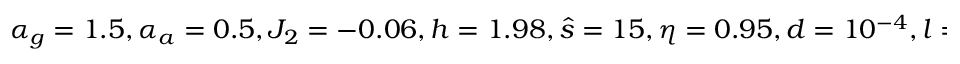
\alpha _ { g } = 1 . 5 , \alpha _ { a } = 0 . 5 , J _ { 2 } = - 0 . 0 6 , h = 1 . 9 8 , \hat { s } = 1 5 , \eta = 0 . 9 5 , d = 1 0 ^ { - 4 } , l = 0 , b = 0 . 7 8 , c = 4 . 9 7 \cdot 1 0 ^ { - 4 } , s = 1 . 0